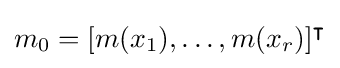
m_{0}=[m(x_{1}),\ldots ,m(x_{r})]^{\intercal }